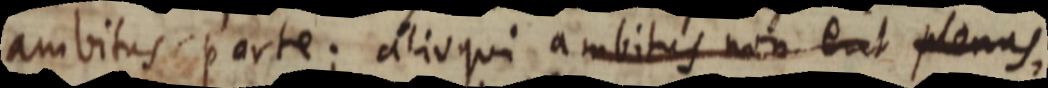
ambitus parte; alioqui ambitus non est plenus,